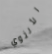
الأنثوي